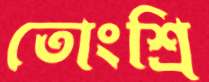
তোংশ্রি